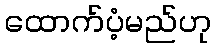
ထောက်ပံ့မည်ဟု